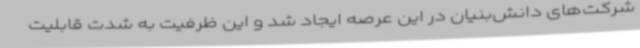
شرکت‌های دانش‌بنیان در این عرصه ایجاد شد و این ظرفیت به شدت قابلیت